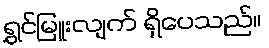
ရွှင်မြူးလျက် ရှိပေသည်။